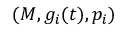
( M , g _ { i } ( t ) , p _ { i } )